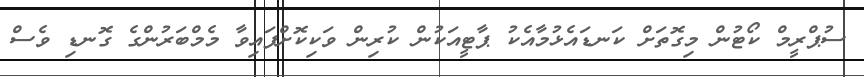
ސުޕްރީމް ކޯޓުން މިގޮތަށް ކަނޑައެޅުމާއެކު ޕާޓީއަކުން ކުރިން ވަކިކޮށްފައިވާ މެމްބަރުންގެ ގޮނޑި ވެސް